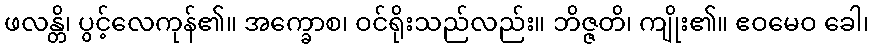
ဖလန္တိ၊ ပွင့်လေကုန်၏။ အက္ခောစ၊ ဝင်ရိုးသည်လည်း။ ဘိဇ္ဇတိ၊ ကျိုး၏။ ဧဝမေဝ ခေါ၊